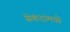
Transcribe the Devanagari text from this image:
सेकंदांमध्ये